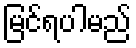
မြင်ရပါမည်